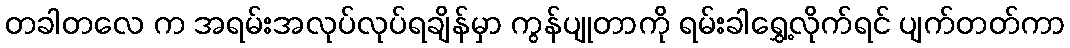
တခါတလေ က အရမ်းအလုပ်လုပ်ရချိန်မှာ ကွန်ပျုတာကို ရမ်းခါရွှေ့လိုက်ရင် ပျက်တတ်ကာ